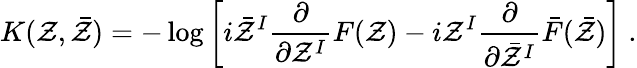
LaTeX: K(\mathcal{Z},\bar{{\mathcal{Z}}})=-\log\left[i\bar{{\mathcal{Z}}}^{I}\frac{{\partial}}{{\partial\mathcal{Z}^{I}}}F(\mathcal{Z})-i\mathcal{Z}^{I}\frac{{\partial}}{{\partial\bar{{\mathcal{Z}}}^{I}}}\bar{{F}}(\bar{{\mathcal{Z}}})\right]\ .